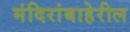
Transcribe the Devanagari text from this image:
मंदिरांबाहेरील